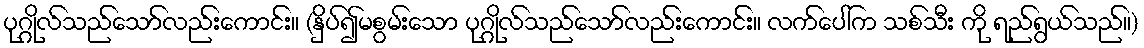
ပုဂ္ဂိုလ်သည်သော်လည်းကောင်း။ (နှိပ်၍မစွမ်းသော ပုဂ္ဂိုလ်သည်သော်လည်းကောင်း။ လက်ပေါ်က သစ်သီး ကို ရည်ရွယ်သည်။)